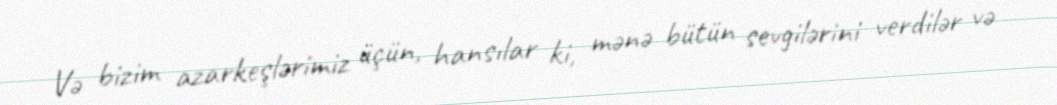
Və bizim azarkeşlərimiz üçün, hansılar ki, mənə bütün sevgilərini verdilər və